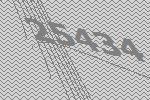
25434